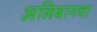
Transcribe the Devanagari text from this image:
अलिबागचा